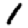
Digit: 1